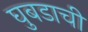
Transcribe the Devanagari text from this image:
घुबडाची